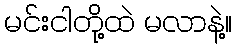
မင်းငါတို့ထဲ မလာနဲ့။